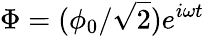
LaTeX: \Phi=(\phi_{0}/{\sqrt{2}})e^{i\omega t}